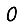
Digit: 0